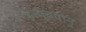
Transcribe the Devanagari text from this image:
इत्युक्वान्